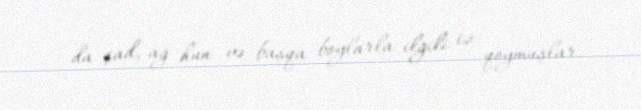
da şad, ağ hun və başqa boylarla ilgili iz qoymuşlar.